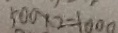
5 0 0 \times 2 = 1 0 0 0